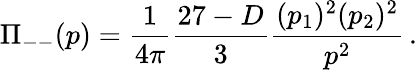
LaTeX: \displaystyle{\Pi_{--}(p)}=\displaystyle{\frac{1}{4\pi}\frac{27-D}{3}\frac{(p_{1})^{2}(p_{2})^{2}}{p^{2}}\, .}